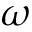
\omega